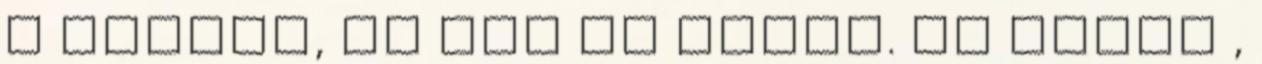
a munkát, ha van rá igény. Ha nincs ,